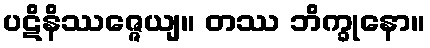
ပဋိနိဿဇ္ဇေယျ။ တဿ ဘိက္ခုနော။